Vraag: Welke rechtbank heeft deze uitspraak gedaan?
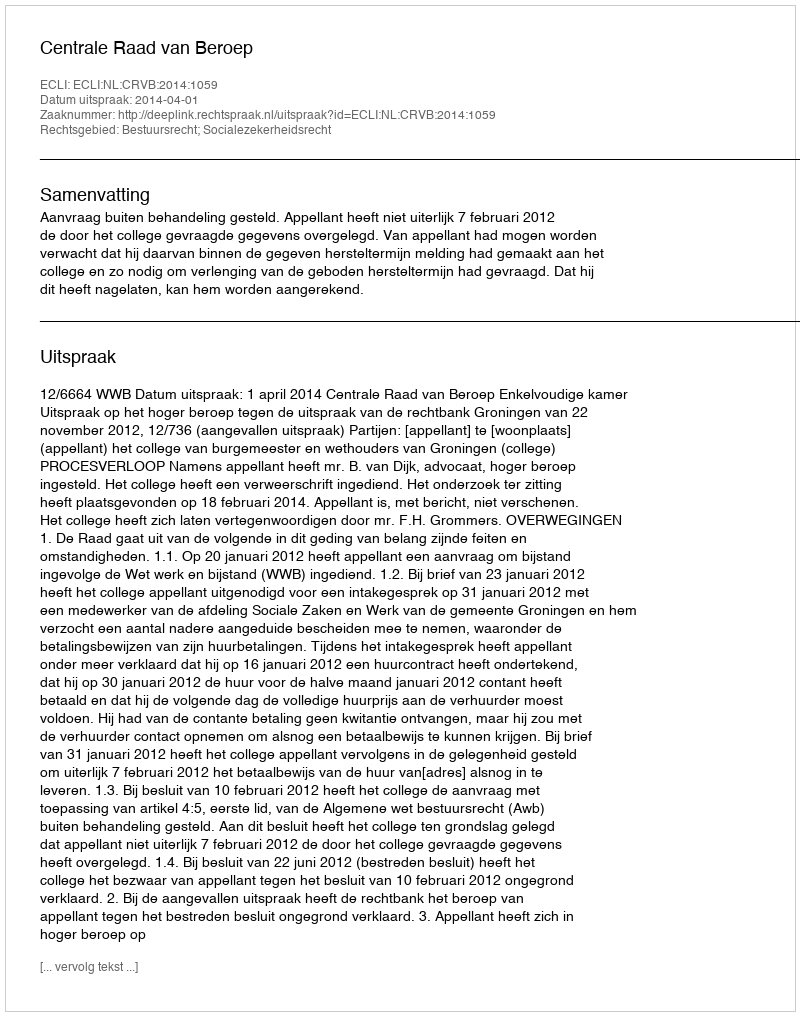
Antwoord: Centrale Raad van Beroep